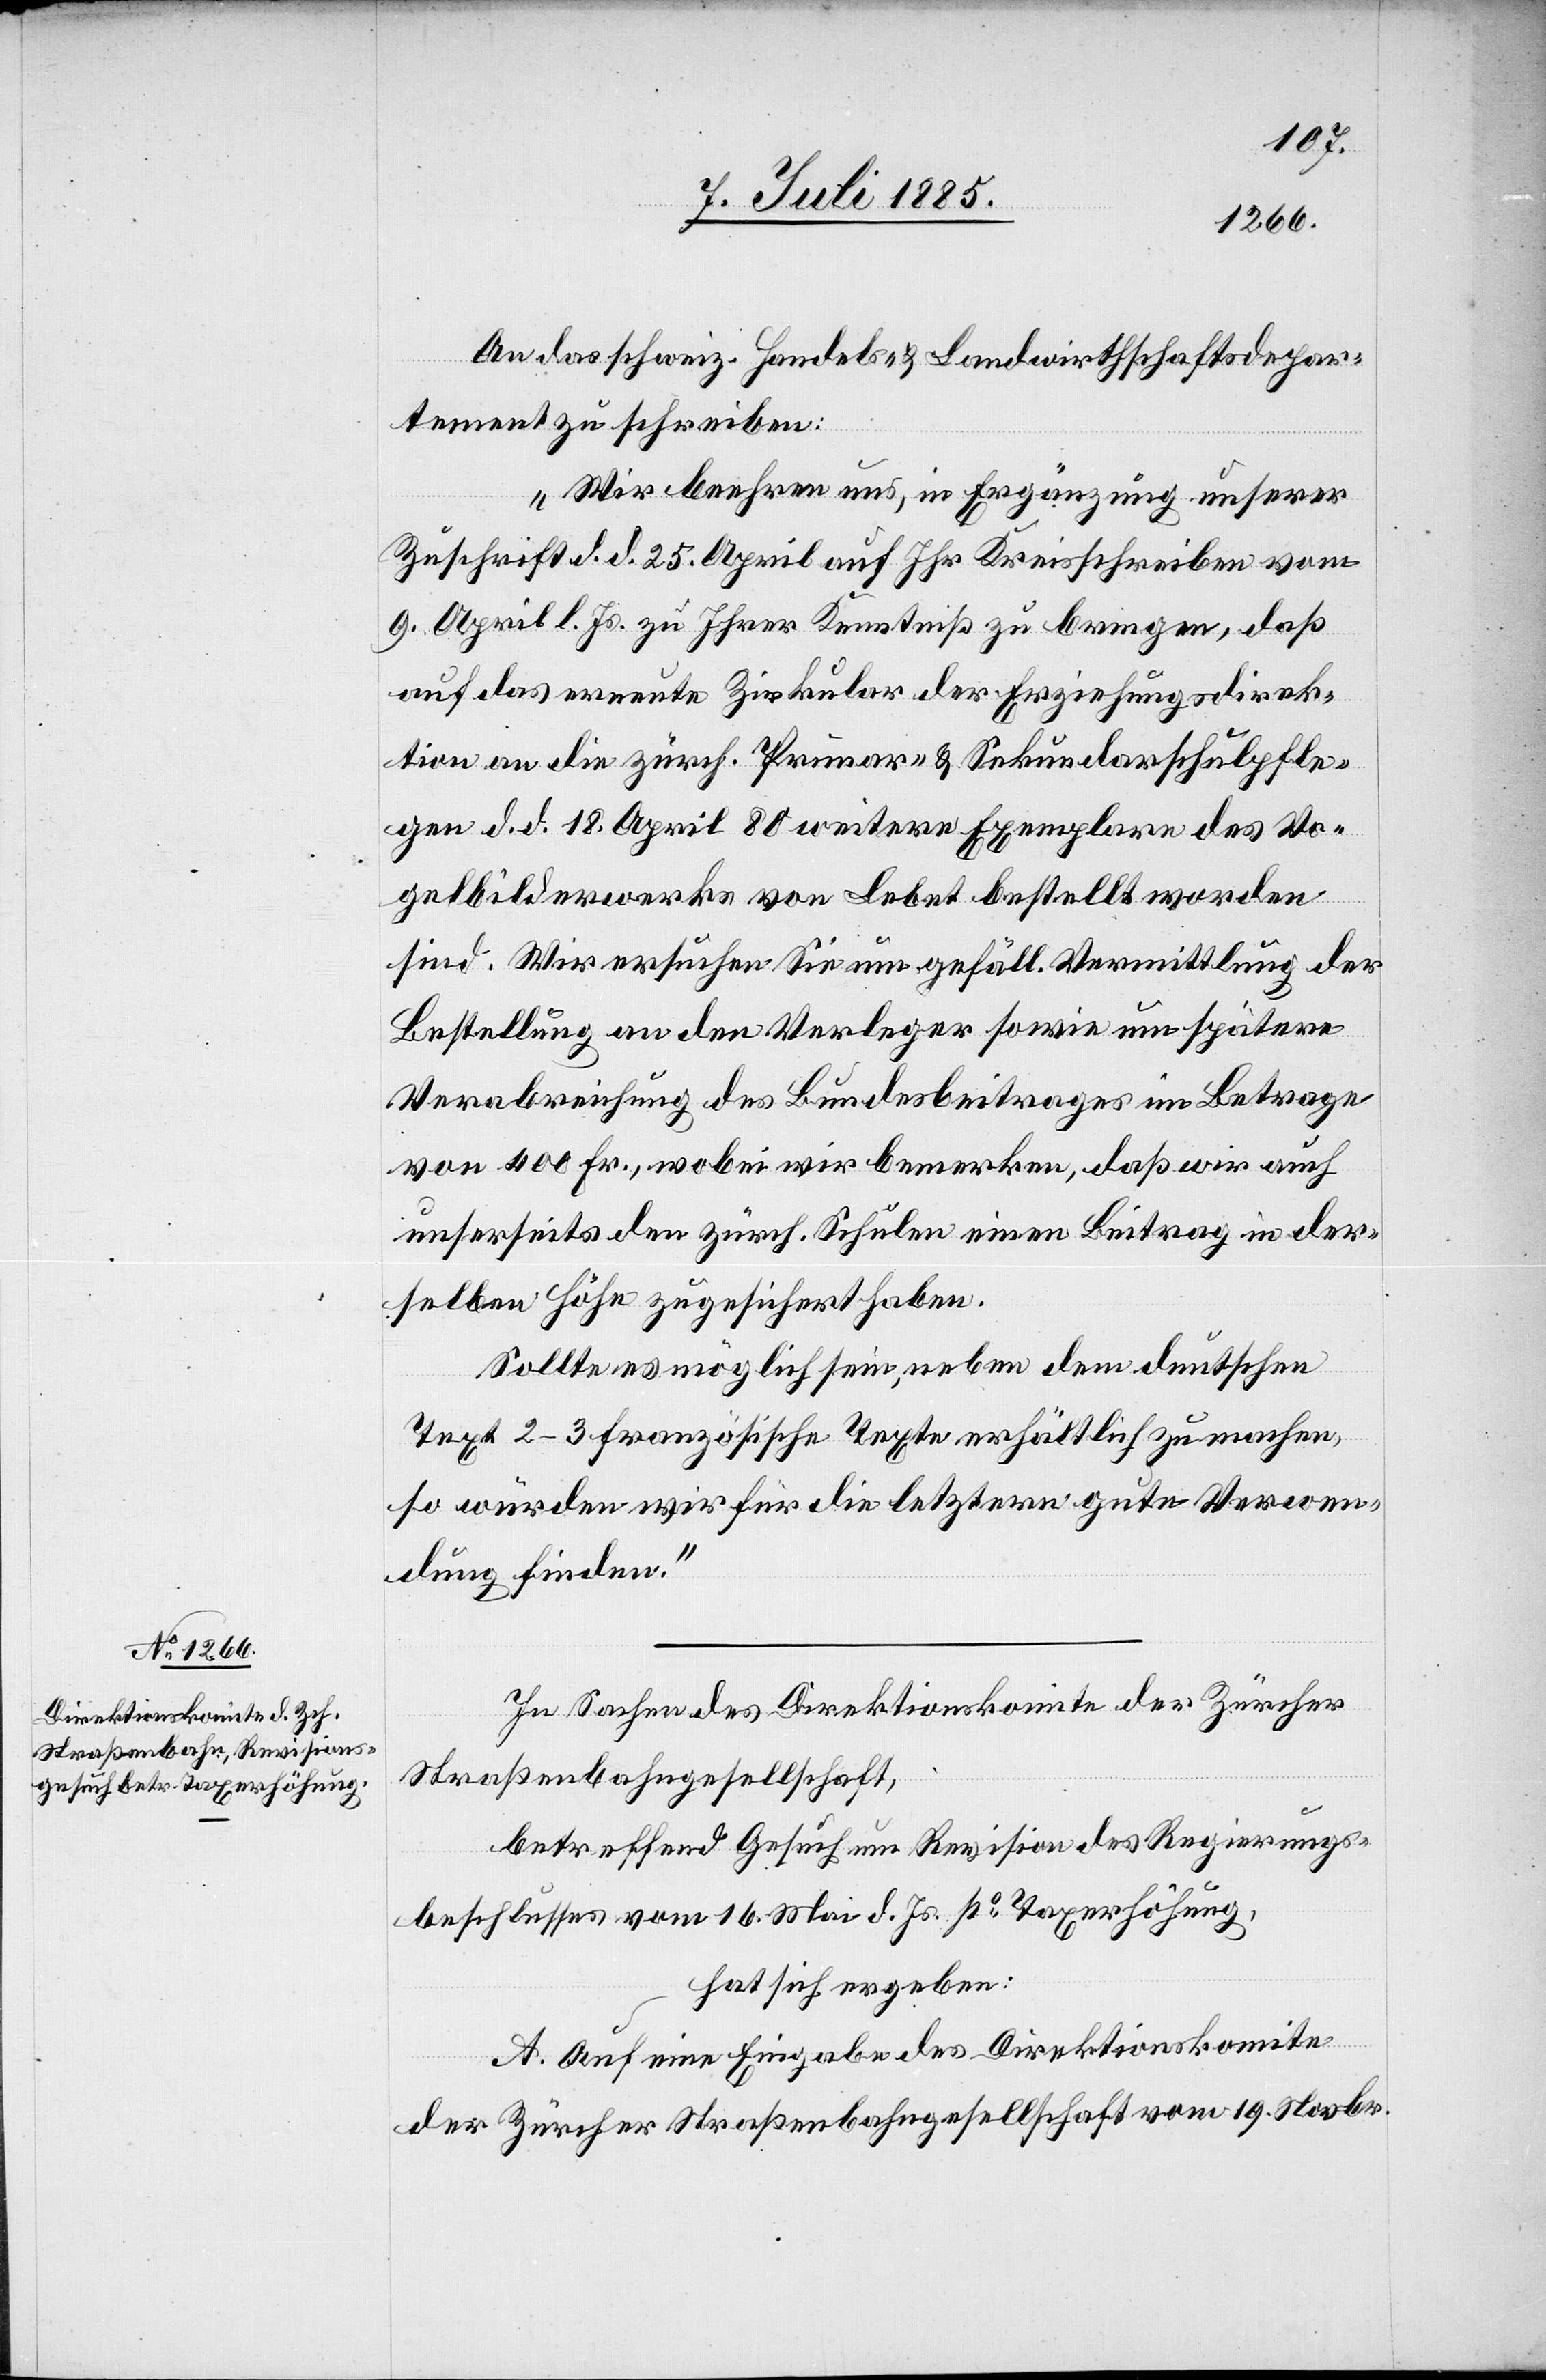
An das schweiz. Handels- & Landwirthschaftsdepar¬
tement zu schreiben:
„Wir beehren uns, in Erwägung unserer
Zuschrift d. d. 25. April auf Ihr Kreisschreiben vom
9. April l. Js. zu Ihrer Kenntniß zu bringen, daß
auf das erneute Zirkular der Erziehungsdirek¬
tion an die zürch. Primar- & Sekundarschulpfle¬
ge d. d. 18. April 80 weitere Exemplare des Vo¬
gelbilderwerks von Lebet bestellt worden
sind. Wir ersuchen Sie um gefäll. Vermittlung der
Bestellung an den Verleger sowie um spätere
Verabreichung des Bundesbeitrages im Betrage
von 400 Fr., wobei wir bemerken, daß wir auch
unserseits den zürch. Schulen einen Beitrag in der¬
selben Höhe zugesichert haben.
Sollte es möglich sein, neben dem deutschen
Text 2–3 französische Texte erhältlich zu machen
so würden wir für die letztern gute Verwen¬
dung finden.“
In Sachen des Direktionskomite der Zürcher
Straßenbahngesellschaft,
betreffend Gesuch um Revision des Regierungs¬
beschlusses vom 16. Mai d. Js. po Taxerhöhung,
hat sich ergeben:
A. Auf eine Eingabe des Direktionskomite
der Zürcher Straßenbahngesellschaft vom 19. Novbr.